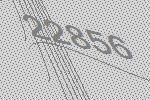
22856